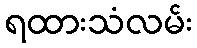
ရထားသံလမ်း